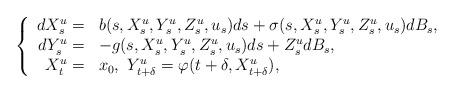
LaTeX: \begin{align*}\left\{\begin{array}[c]{rl}dX_{s}^{u}= & b(s,X_{s}^{u},Y_{s}^{u},Z_{s}^{u},u_{s})ds+\sigma(s,X_{s}^{u},Y_{s}^{u},Z_{s}^{u},u_{s})dB_{s},\\dY_{s}^{u}= & -g(s,X_{s}^{u},Y_{s}^{u},Z_{s}^{u},u_{s})ds+Z_{s}^{u}dB_{s},\\X_{t}^{u}= & x_{0},\ Y_{t+\delta}^{u}=\varphi(t+\delta,X_{t+\delta}^{u}),\end{array}\right. \end{align*}